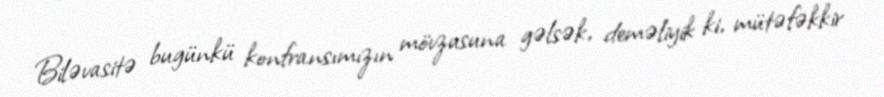
Biləvasitə bugünkü konfransımızın mövzusuna gəlsək, deməliyik ki, mütəfəkkir